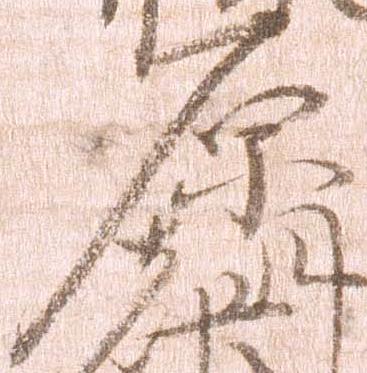
原